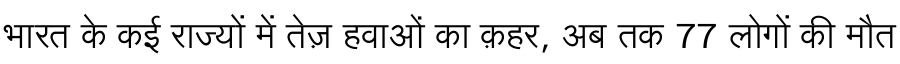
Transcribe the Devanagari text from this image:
भारत के कई राज्यों में तेज़ हवाओं का क़हर, अब तक 77 लोगों की मौत